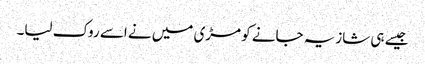
جیسے ہی شازیہ جانے کو مڑی میں نے اسے روک لیا۔